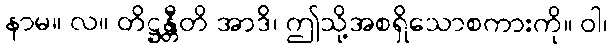
နာမ။ လ။ တိဋ္ဌန္တီတိ အာဒိ၊ ဤသို့အစရှိသောစကားကို။ ဝါ၊